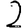
Digit: 2